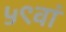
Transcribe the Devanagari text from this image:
५९वां